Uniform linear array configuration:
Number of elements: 8
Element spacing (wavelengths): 0.25
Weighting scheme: hann
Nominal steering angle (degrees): -30
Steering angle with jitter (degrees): -31.513
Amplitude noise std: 0.05
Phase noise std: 0.05

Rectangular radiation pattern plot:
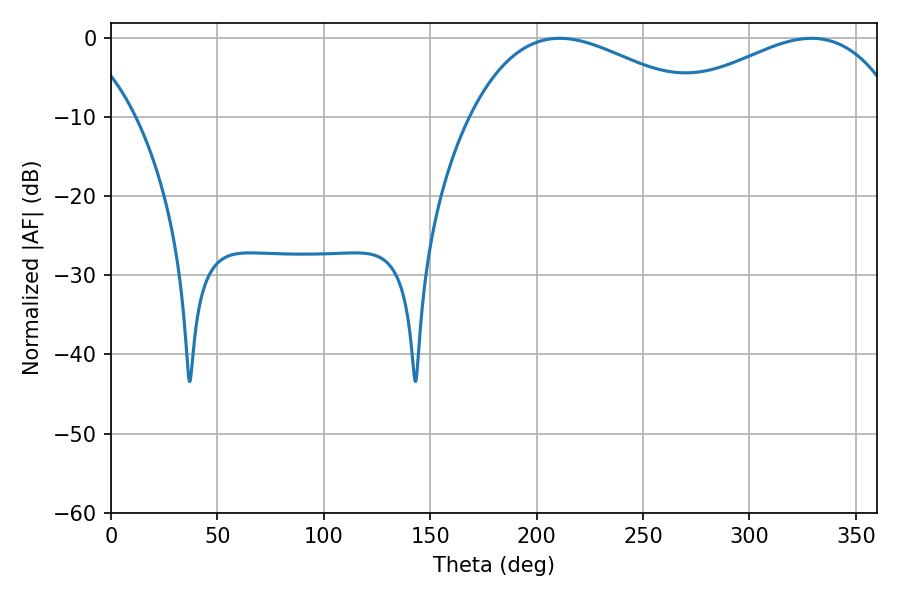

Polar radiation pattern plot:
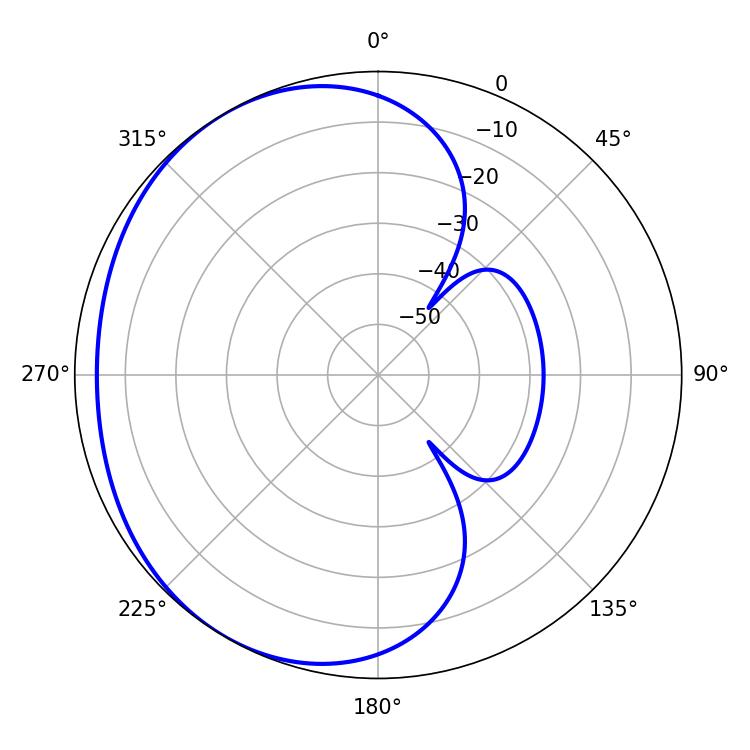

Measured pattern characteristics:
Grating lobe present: FALSE
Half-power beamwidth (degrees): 61.02
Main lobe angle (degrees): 210.78